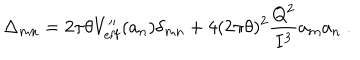
LaTeX: \Delta _ { m n } = 2 \pi \theta V _ { \mathrm { e f f } } ^ { \prime \prime } ( a _ { n } ) \delta _ { m n } + 4 ( 2 \pi \theta ) ^ { 2 } \frac { Q ^ { 2 } } { I ^ { 3 } } a _ { m } a _ { n } ~ .